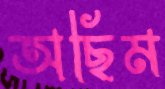
অছিম